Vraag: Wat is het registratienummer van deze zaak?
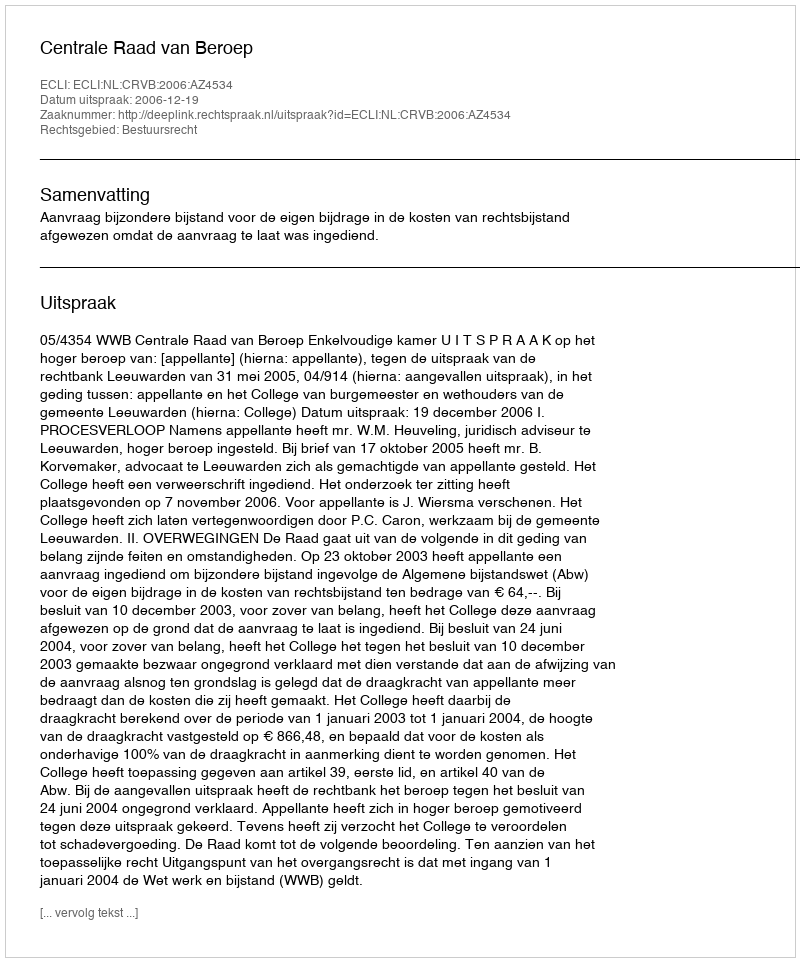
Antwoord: http://deeplink.rechtspraak.nl/uitspraak?id=ECLI:NL:CRVB:2006:AZ4534